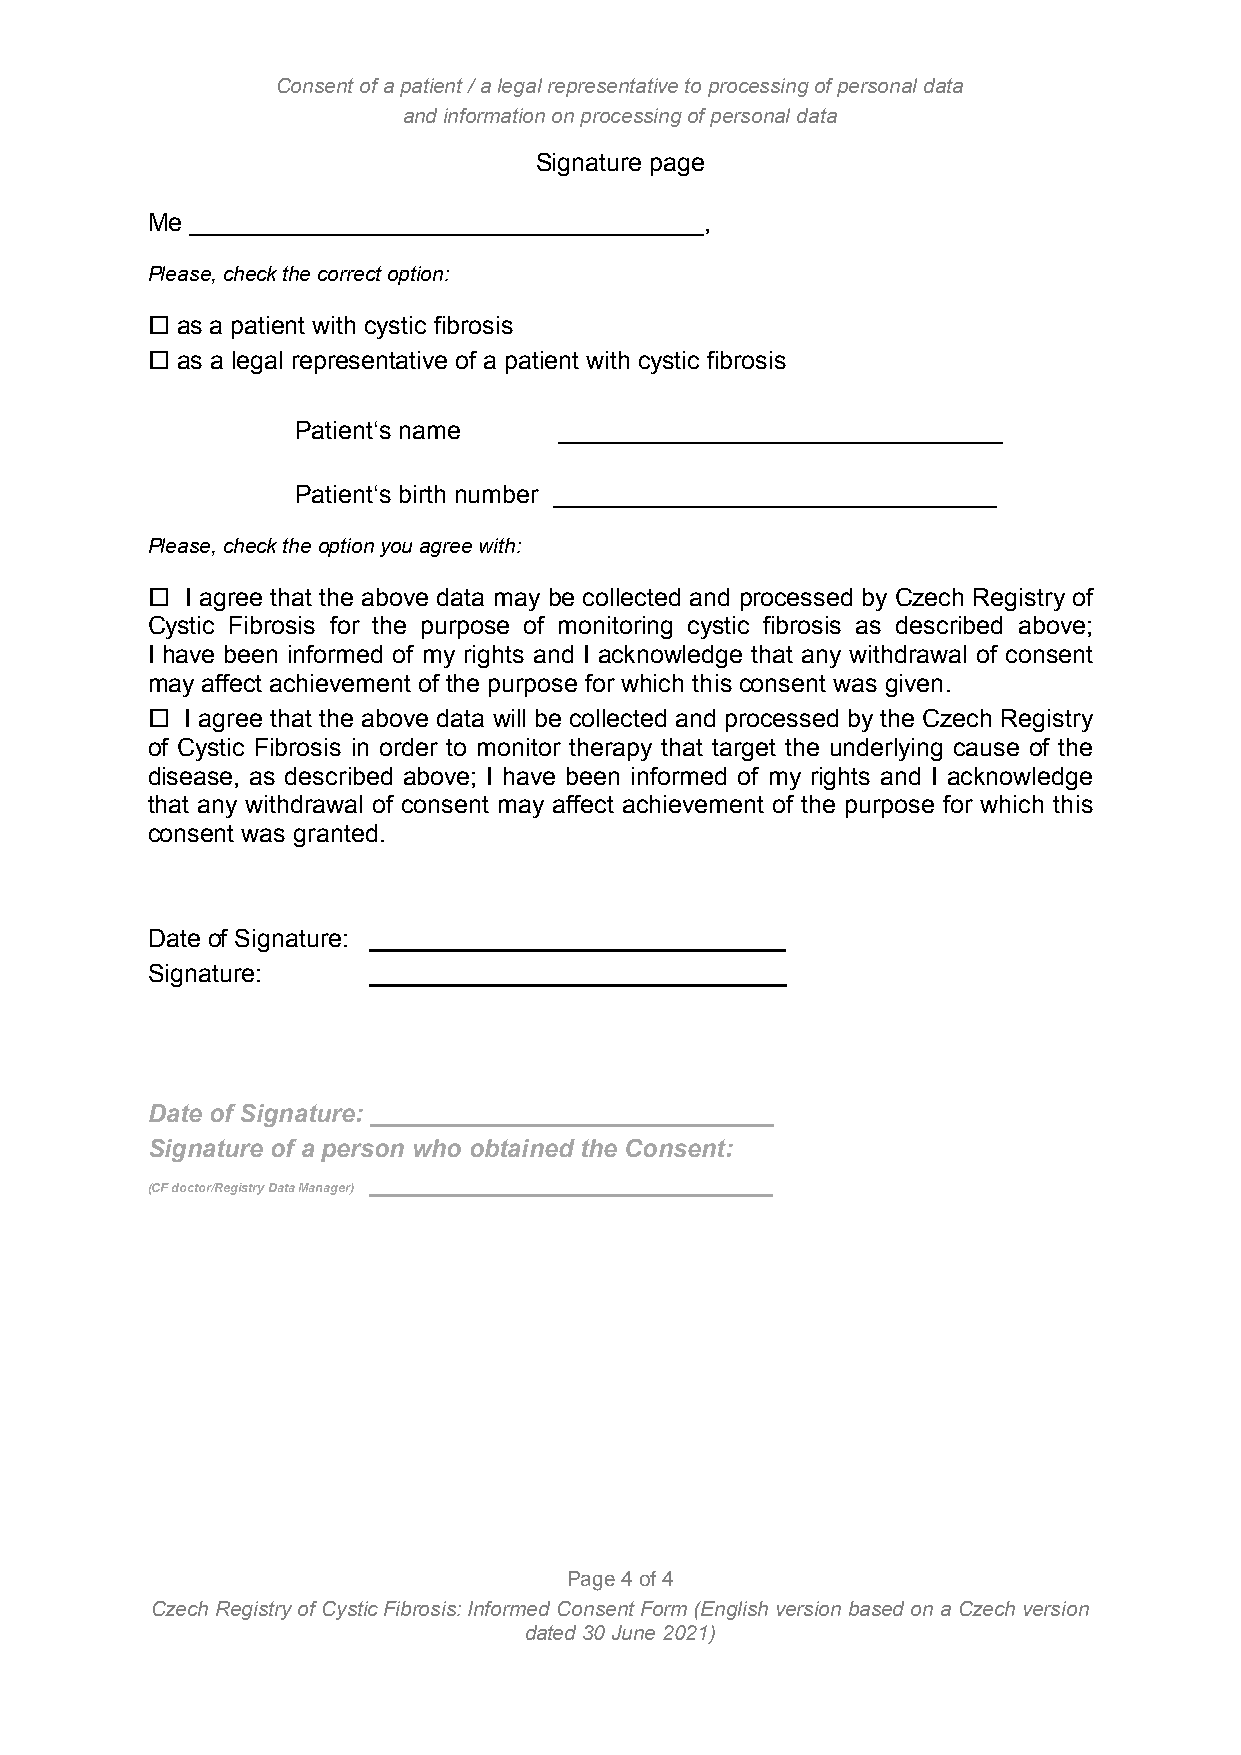
Consent of a patient / a legal representative to processing of personal data
 and information on processing of personal data
 Signature page
 Me _____________________________________,
 Please, check the correct option:
  as a patient with cystic fibrosis
  as a legal representative of a patient with cystic fibrosis
 Patient‘s name   ________________________________
 Patient‘s birth number ________________________________
 Please, check the option you agree with:
  I agree that the above data may be collected and processed by Czech Registry of
 Cystic Fibrosis for the purpose of monitoring cystic fibrosis as described above;
 I have been informed of my rights and I acknowledge that any withdrawal of consent
 may affect achievement of the purpose for which this consent was given.
  I agree that the above data will be collected and processed by the Czech Registry
 of Cystic Fibrosis in order to monitor therapy that target the underlying cause of the
 disease, as described above; I have been informed of my rights and I acknowledge
 that any withdrawal of consent may affect achievement of the purpose for which this
 consent was granted.
 Date of Signature: ______________________________
 Signature:    ______________________________
 Date of Signature: _____________________________
 Signature of a person who obtained the Consent:
 _____________________________
 (CF doctor/Registry Data Manager)
 Page 4 of 4
 Czech Registry of Cystic Fibrosis: Informed Consent Form (English version based on a Czech version
 dated 30 June 2021)